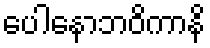
ပေါနောဘဝိကာနိ